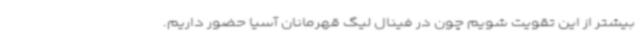
بیشتر از این تقویت شویم چون در فینال لیگ قهرمانان آسیا حضور داریم.